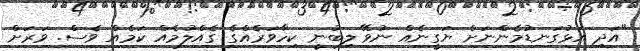
"އަދި އަޅުގަނޑުމެންނަށް ޔަގީނެއް ނުވޭ ލިބުނީ ކިހާވަރެއްގެ ގެއްލުމެއް ކަމެއް ވެސް. ވަރަށް